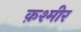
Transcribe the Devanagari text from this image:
क़श्मीर